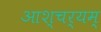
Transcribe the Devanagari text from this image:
आश्चर्यम्